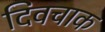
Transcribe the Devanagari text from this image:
दिवचाक